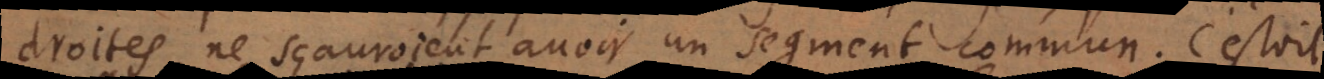
droites ne sçauroient avoir un segment commun. C’estoit